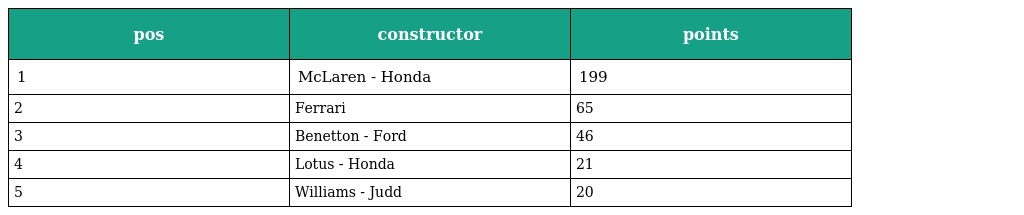
| pos | constructor | points |
 | --- | --- | --- |
 | 1 | McLaren - Honda | 199 |
 | 2 | Ferrari | 65 |
 | 3 | Benetton - Ford | 46 |
 | 4 | Lotus - Honda | 21 |
 | 5 | Williams - Judd | 20 |